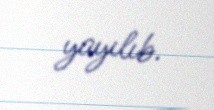
yayılıb.